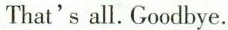
That's all. Goodbye.